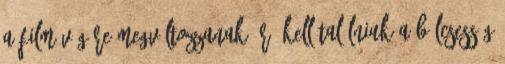
a film végére megváltozzanak. Rá kell találniuk a bölcsesség